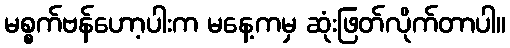
မစ္စက်ဗန်ဟော့ပါးက မနေ့ကမှ ဆုံးဖြတ်လိုက်တာပါ။